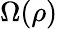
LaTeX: \Omega(\rho)